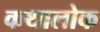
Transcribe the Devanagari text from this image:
कथालोक